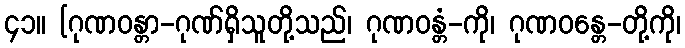
၄၁။ [ဂုဏဝန္တာ-ဂုဏ်ရှိသူတို့သည်၊ ဂုဏဝန္တံ-ကို၊ ဂုဏဝန္တေ-တို့ကို၊